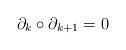
LaTeX: \begin{align*}\partial_k \circ \partial_{k+1}=0\end{align*}